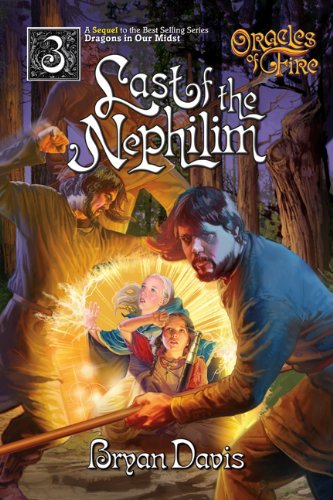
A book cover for The Last of the Nephilim (Oracles of Fire, Book 3); Bryan Davis; Teen & Young Adult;